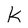
Character: k